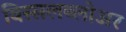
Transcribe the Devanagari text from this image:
विस्सलब्लोअर